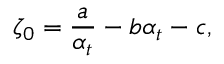
\zeta _ { 0 } = \frac { a } { \alpha _ { t } } - b \alpha _ { t } - c ,